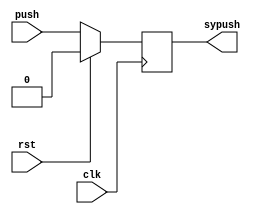
module synchronizer(push, clk, rst, sypush);
	input push, clk, rst;
	output sypush;

	reg sypush;
	
	always @ (posedge clk)
	begin
		if(rst)
			sypush <= 0;
		else
			sypush <= push;
	end
endmodule